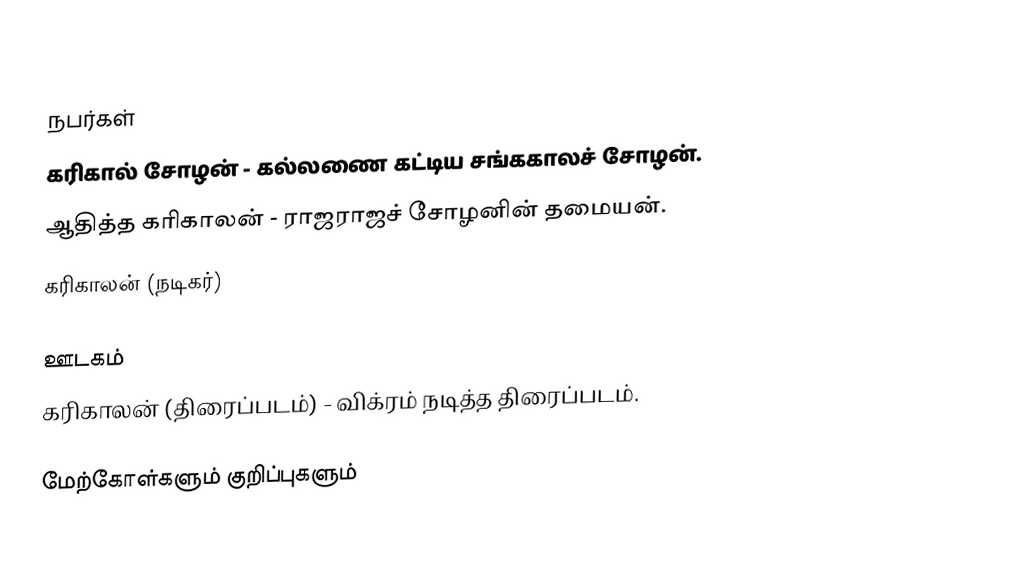

நபர்கள்
கரிகால் சோழன் - கல்லணை கட்டிய சங்ககாலச் சோழன்.
ஆதித்த கரிகாலன் - ராஜராஜச் சோழனின் தமையன்.
கரிகாலன் (நடிகர்)

ஊடகம்
கரிகாலன் (திரைப்படம்) - விக்ரம் நடித்த திரைப்படம்.

மேற்கோள்களும் குறிப்புகளும்